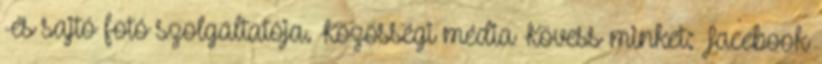
-és sajtó fotó szolgáltatója. Közösségi média Kövess minket: Facebook